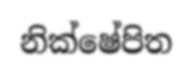
නික්ෂේපිත